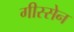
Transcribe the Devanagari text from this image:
गीस्सेन